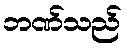
ဘဏ်သည်